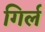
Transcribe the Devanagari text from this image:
गिर्ल